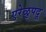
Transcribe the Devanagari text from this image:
एरेळुपदू